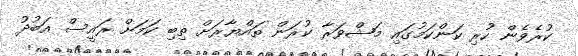
ކުރެވެން ހުރި ކަންކަމުގައި މަޝްވަރާ ކުރަން ތައްޔާރަށް ތިބި ކަމަށް ރައީސް އަބުދު